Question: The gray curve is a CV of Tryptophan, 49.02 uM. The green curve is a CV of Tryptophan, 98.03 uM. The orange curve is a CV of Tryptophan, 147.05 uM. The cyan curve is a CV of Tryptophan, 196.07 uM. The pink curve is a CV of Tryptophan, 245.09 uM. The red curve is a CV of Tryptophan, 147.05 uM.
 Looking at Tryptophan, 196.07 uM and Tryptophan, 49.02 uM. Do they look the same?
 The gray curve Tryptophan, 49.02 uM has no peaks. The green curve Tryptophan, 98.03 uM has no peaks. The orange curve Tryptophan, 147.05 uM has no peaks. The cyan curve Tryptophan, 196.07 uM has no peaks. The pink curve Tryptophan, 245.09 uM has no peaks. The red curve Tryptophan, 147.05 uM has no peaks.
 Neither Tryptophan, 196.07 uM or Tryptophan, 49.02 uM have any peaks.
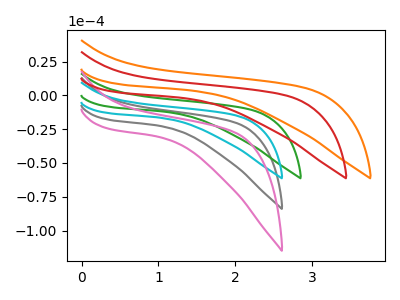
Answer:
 <answer>"Tryptophan, 196.07 uM" and "Tryptophan, 49.02 uM" are similar in shape.</answer>
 <eval>same_shape</eval>